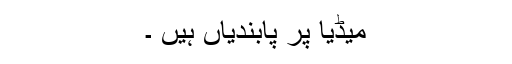
میڈیا پر پابندیاں ہیں ۔